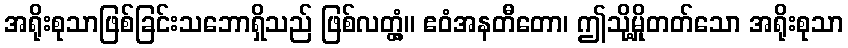
အရိုးစုသာဖြစ်ခြင်းသဘောရှိသည် ဖြစ်လတ္တံ့။ ဧဝံအနတီတော၊ ဤသို့မှိုတတ်သော အရိုးစုသာ